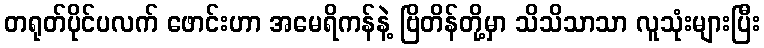
တရုတ်ပိုင်ပလက် ဖောင်းဟာ အမေရိကန်နဲ့ ဗြိတိန်တို့မှာ သိသိသာသာ လူသုံးများပြီး